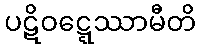
ပဋိဝဋ္ဋေဿာမီတိ